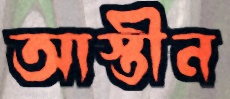
আস্তীন